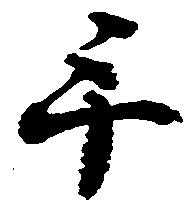
手